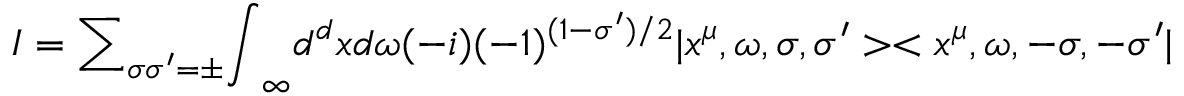
I = { \sum } _ { { \sigma } { \sigma } ^ { \prime } = { \pm } } { \int } _ { \infty } d ^ { d } x d { \omega } ( - i ) ( - 1 ) ^ { ( 1 - { \sigma } ^ { \prime } ) / 2 } | x ^ { \mu } , { \omega } , { \sigma } , { \sigma ^ { \prime } } > < x ^ { \mu } , { \omega } , { - \sigma } , { - \sigma ^ { \prime } } |